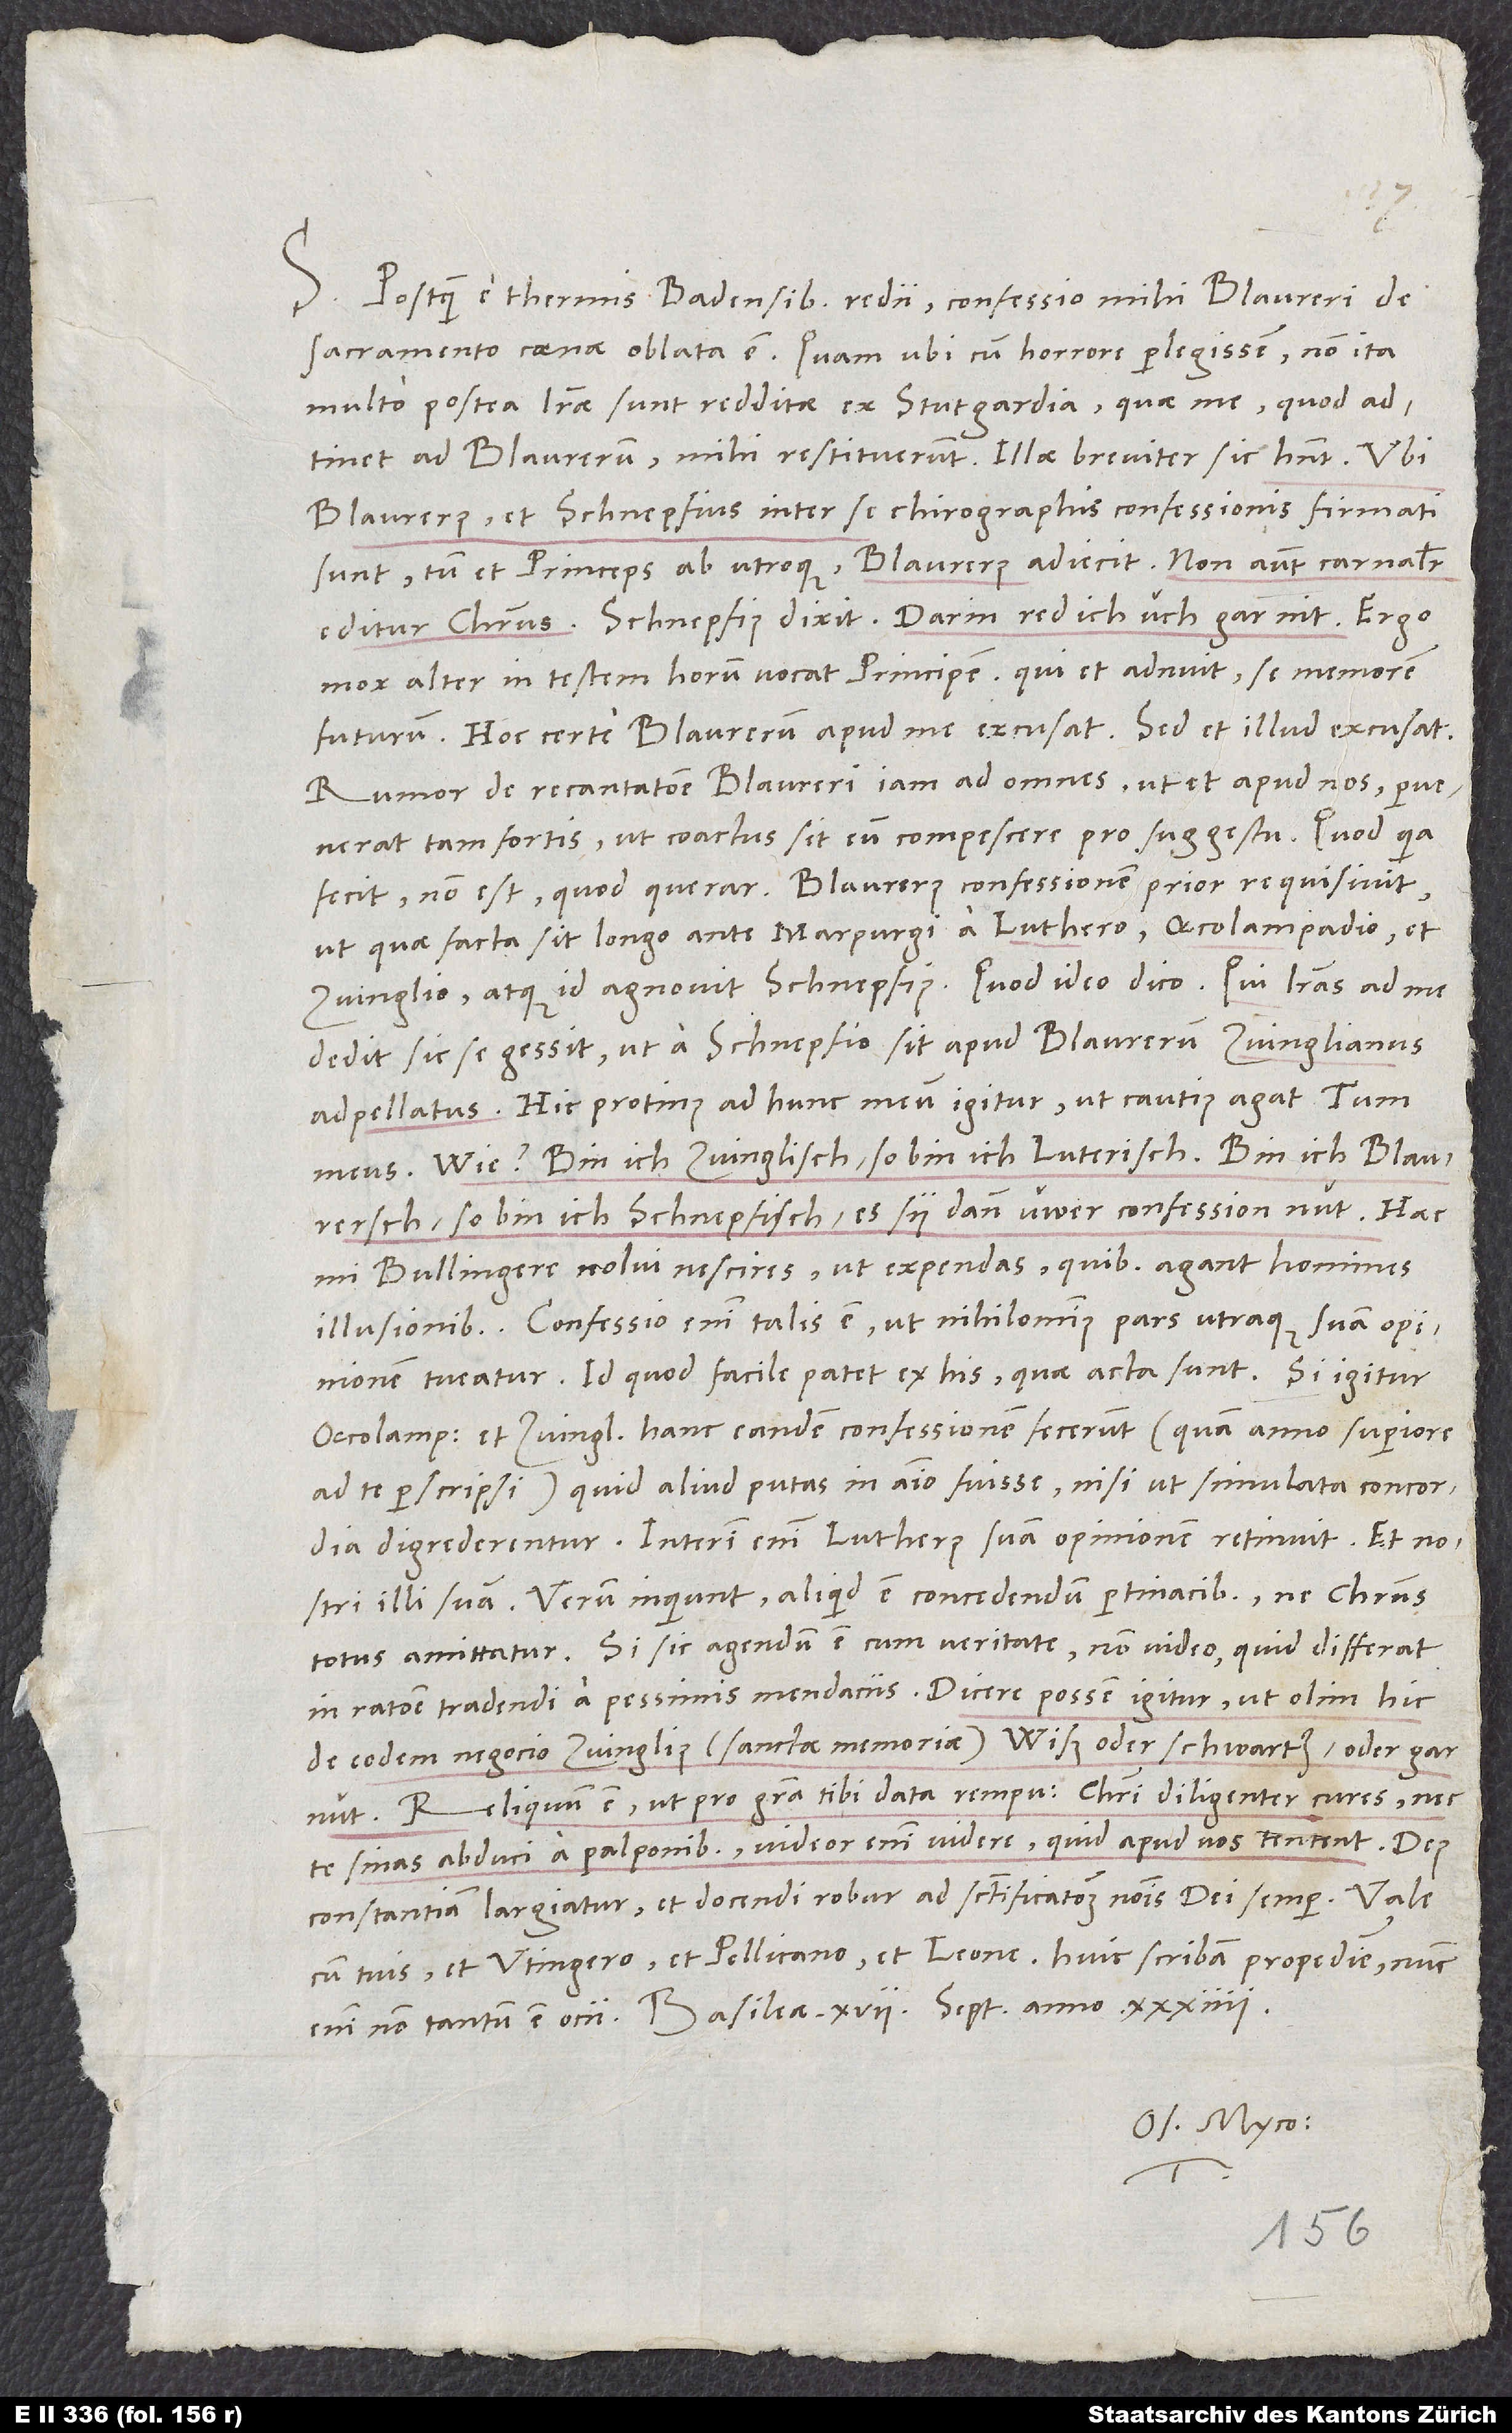
S. Postquam e thermis Badensibus redii, confessio mihi Blaureri de
sacramento coenae oblata est. Quam ubi cum horrore perlegissem, non ita
multo postea literae sunt redditae ex Stutgardia, quae me, quod adtinet
ad Blaurerum, mihi restituerunt. Illae breviter sic habent: Ubi
Blaurerus et Schnepfius inter se chirographis confessionis firmati
sunt, tum et princeps ab utroque, Blaurerus adiecit: «Non autem carnaliter
editur Christus.» Schnepfius dixit: «Darin red ich üch gar nit.» Ergo
mox alter in testem horum vocat principem, qui et adnuit se memorem
futurum. Hoc certe Blaurerum apud me excusat. Sed et illud excusat:
Rumor de recantatione Blaureri iam ad omnes ut et apud nos pervenerat
tam fortis, ut coactus sit eum compescere pro suggestu. Quod quia
fecit, non est, quod querar. Blaurerus confessionem prior requisivit,
ut quae facta sit longo ante Marpurgi a Luthero, Oecolampadio et
dedit, sic se gessit, ut a Schnepfio sit apud Blaurerum Zvinglianus
adpellatus. Hic protinus ad hunc meum igitur, ut cautius agat. Tum
meus: «Wie? Bin ich zwinglisch, so bin ich luterisch; bin ich blaurersch,
so bin ich schnepfisch, es sy dann üwer confession nüt.» Haec,
mi Bullingere, nolui nescires, ut expendas, quibus agant homines
illusionibus. Confessio enim talis est, ut nihilominus pars utraque suam opinionem
tueatur. Id quod facile patet ex his, quae acta sunt. Si igitur
Oecolampadius et Zvinglius hanc eandem confessionem fecerunt, quam anno superiore
ad te perscripsi, quid aliud putas in animo fuisse, nisi ut simulata concordia
digrederentur? Interim enim Lutherus suam opinionem retinuit et nostri
illi suam. Verum inquiunt: Aliquid est concedendum pertinacibus, ne Christus
totus amittatur. Si sic agendum est cum veritate, non video, quid differat
in ratione tradendi a pessimis mendaciis. Dicere possem igitur, ut olim hic
de eodem negocio Zvinglius sanctae memoriae: «Wiß oder schwarz oder gar
Reliquum est, ut pro gratia tibi data rempublicam Christi diligenter cures nec
te sinas abduci a palponibus. Videor enim videre, quid apud vos tentent. Deus
constantiam largiatur et docendi robur ad sanctificationem nominis dei semper.
cum tuis et Utingero et Pellicano et Leone. Huic scribam propediem. Nunc
Os. Myco.